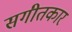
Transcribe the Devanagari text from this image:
सगीतकार